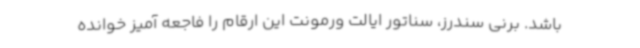
باشد. برنی سندرز، سناتور ایالت ورمونت این ارقام را فاجعه آمیز خوانده